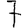
Digit: 7